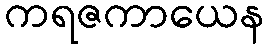
ကရဇကာယေန